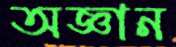
অজ্ঞান